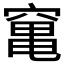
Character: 𥧄